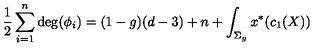
{ \frac { 1 } { 2 } } \sum _ { i = 1 } ^ { n } \mathrm { d e g } ( \phi _ { i } ) = ( 1 - g ) ( d - 3 ) + n + \int _ { \Sigma _ { g } } x ^ { * } ( c _ { 1 } ( X ) )